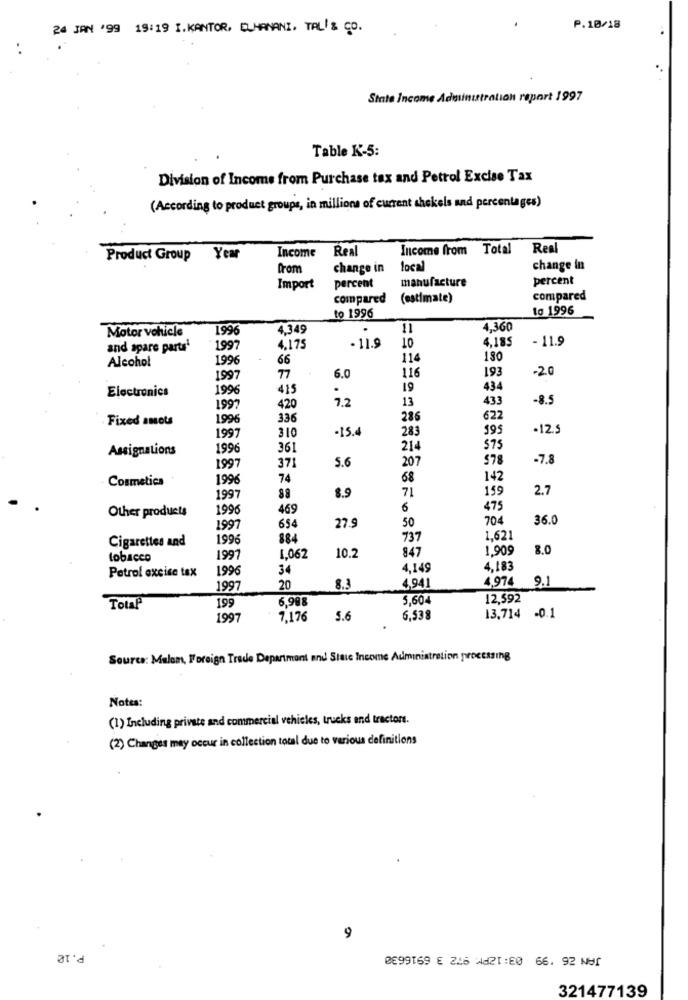
24 JAN '99 19:19 I.KANTOR, CLHANANI, TAL & Co.
P.10/18
State Income Administration report 1997
Table K-5:
Division of Income from Purchase tax and Petrol Excise Tax
(According to product groups, in millions of current shekels and percentages)
Income
Real
Income from Total
Real
Product Group Year
Drom
change in
local
change in
percent
manufacture
percent
Import
compared
(estimate)
compared
to 1996
to 1996
Motor vehicle
1996
4.349
11
4,360
10
4,185
- 11.9
and spare parts'
1997
4.175
-11.9
Alcohol
1996
66
114
180
116
193
-20
1997
77
6.0
Electronics
1996
415
.
19
434
7.2
13
433
-8.5
199
420
Fixed amots
1996
336
286
622
1997
310
-15.4
283
595
.12.5
Assignations
1996
361
214
575
37
5.6
207
$78
-7.8
1997
Cosmetics
1996
74
68
142
8.9
71
159
2.7
1997
88
1996
469
6
475
Other products
27.9
50
70€
36.0
1997
654
Cigarettes and
1996
884
737
1,621
847
1,909
8.0
tobacco
1997
1.062
10.2
Petrol excise tax
1996
34
4,149
4,183
4.974
9.
1997
20
8.3
4,941
6,988
5,604
12,592
Total
199
1997
7,176
5.6
6,538
13,714 -0.1
Source: Malom, Foreign Trade Department and State Income Administration processing
Notes:
(1) Including private and commercial vehicles, trucks end tractore.
(2) Changes may occur in collection total due to various definitions
9
P.10
0099169 € 216 2621:50 66. 92 NAS
321477139